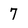
Character: 7